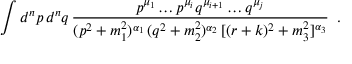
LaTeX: \int d ^ { n } p \, d ^ { n } q \, \frac { p ^ { \mu _ { 1 } } \ldots p ^ { \mu _ { i } } q ^ { \mu _ { i + 1 } } \ldots q ^ { \mu _ { j } } } { ( p ^ { 2 } + m _ { 1 } ^ { 2 } ) ^ { \alpha _ { 1 } } \, ( q ^ { 2 } + m _ { 2 } ^ { 2 } ) ^ { \alpha _ { 2 } } \, [ ( r + k ) ^ { 2 } + m _ { 3 } ^ { 2 } ] ^ { \alpha _ { 3 } } } \; \; .